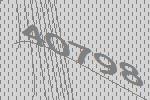
40798